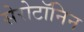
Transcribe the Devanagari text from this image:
सेरोटॉनिन